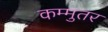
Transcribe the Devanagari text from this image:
कम्मुतर